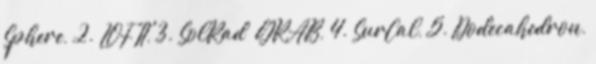
Sphere, 2. LOFTI, 3. SolRad GRAB, 4. SurCal, 5. Dodecahedron,